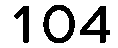
104